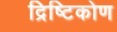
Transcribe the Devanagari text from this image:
द्रिष्टिकोण